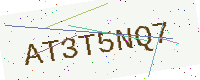
Text: AT3T5NQ7